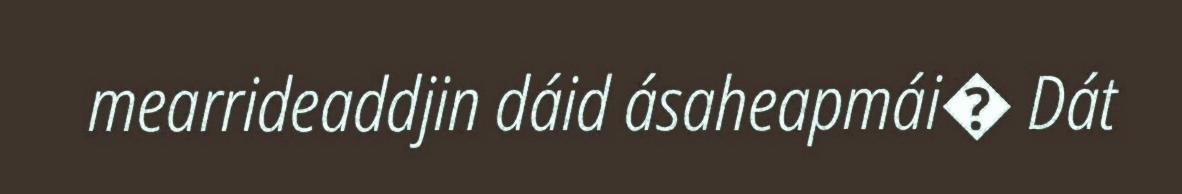
mearrideaddjin dáid ásaheapmái� Dát